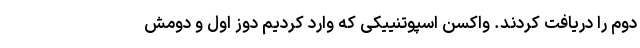
دوم را دریافت کردند. واکسن اسپوتنییکی که وارد کردیم دوز اول و دومش